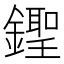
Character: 𨭰